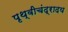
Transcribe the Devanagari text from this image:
पृथ्वीचंद्रादय